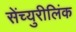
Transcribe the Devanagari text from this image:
सेंच्युरीलिंक